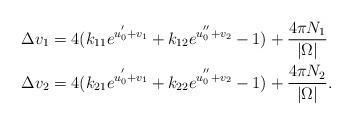
LaTeX: \begin{align*}\Delta v_1 &=4(k_{11}e^{u_0^{'}+v_1}+k_{12}e^{u_0^{''}+v_2}-1)+\dfrac{4\pi N_1}{|\Omega|}\\\Delta v_2 &=4(k_{21}e^{u_0^{'}+v_1}+k_{22}e^{u_0^{''}+v_2}-1)+\dfrac{4\pi N_2}{|\Omega|}.\end{align*}